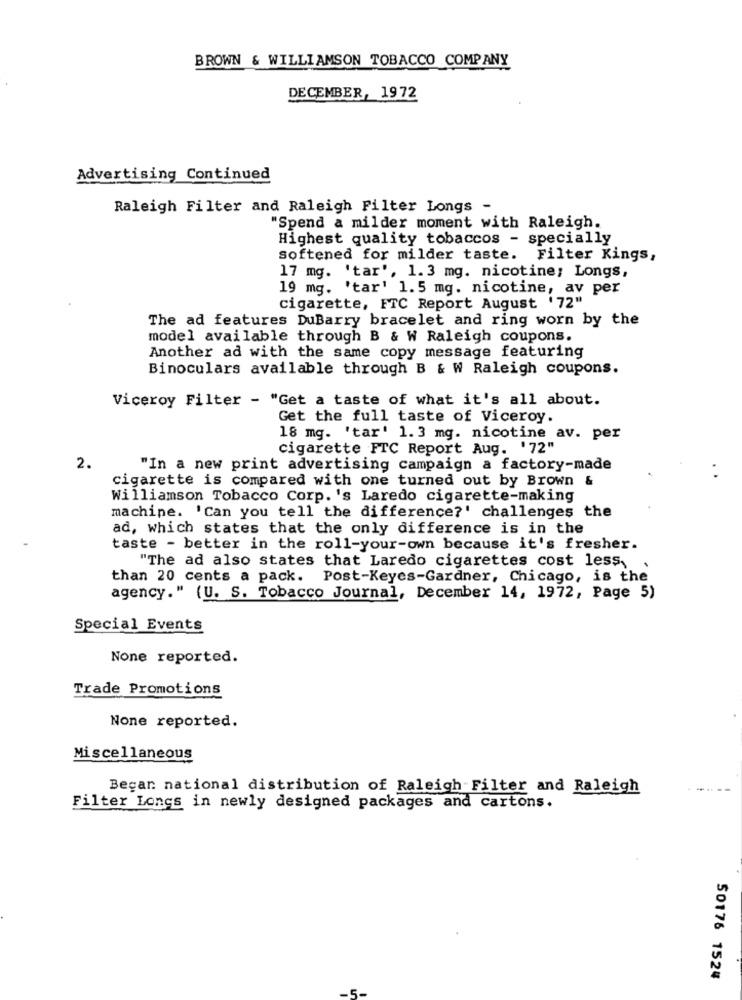
BROWN & WILLIAMSON TOBACCO COMPANY
DECEMBER, 1972
Advertising Continued
Raleigh Filter and Raleigh Filter Longs -
"Spend a milder moment with Raleigh.
Highest quality tobaccos - specially
softened for milder taste. Filter Kings,
17 mg. 'tar', 1.3 mg. nicotine; Longs,
19 mg. 'tar' 1.5 mg. nicotine, av per
cigarette, FTC Report August '72"
The ad features DuBarry bracelet and ring worn by the
model available through B & W Raleigh coupons.
Another ad with the same copy message featuring
Binoculars available through B & W Raleigh coupons.
Viceroy Filter - "Get a taste of what it's all about.
Get the full taste of Viceroy.
18 mg. 'tar' 1.3 mg. nicotine av. per
cigarette FTC Report Aug. '72"
2.
"In a new print advertising campaign a factory-made
cigarette is compared with one turned out by Brown &
Williamson Tobacco Corp.'s Laredo cigarette-making
machine. 'Can you tell the difference?' challenges the
ad, which states that the only difference is in the
taste - better in the roll-your-own because it's fresher.
"The ad also states that Laredo cigarettes cost less,
than 20 cents a pack. Post-Keyes-Gardner, Chicago, is the
agency." (U. S. Tobacco Journal, December 14, 1972, Page 5)
Special Events
None reported.
Trade Promotions
None reported.
Miscellaneous
Began national distribution of Raleigh Filter and Raleigh
Filter Lones in newly designed packages and cartons.
50176 1524